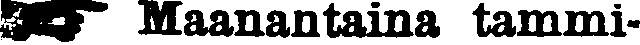
☛ Maanantaina tammi-